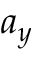
a _ { y }